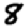
Digit: 8